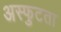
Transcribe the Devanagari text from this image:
अस्फुटता